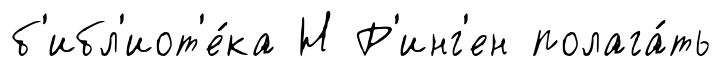
б'ибл'иот'е́ка Н Р'инг'ен полага́ть